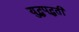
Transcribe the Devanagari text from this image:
युद्धपद्धती